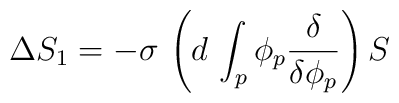
\Delta S_{1}=-\sigma \,\left( d\,\int_{p}\phi _{p}\frac{\delta }{\delta \phi_{p}}\right) S